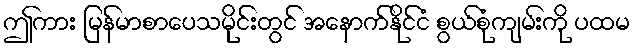
ဤကား မြန်မာစာပေသမိုင်းတွင် အနောက်နိုင်ငံ စွယ်စုံကျမ်းကို ပထမ